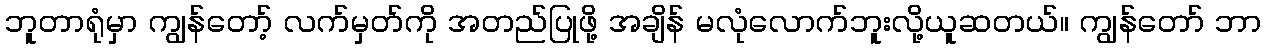
ဘူတာရုံမှာ ကျွန်တော့် လက်မှတ်ကို အတည်ပြုဖို့ အချိန် မလုံလောက်ဘူးလို့ယူဆတယ်။ ကျွန်တော် ဘာ